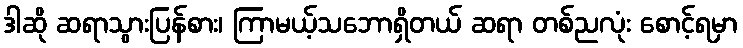
ဒါဆို ဆရာသွားပြန်စား၊ ကြာမယ့်သဘောရှိတယ် ဆရာ တစ်ညလုံး စောင့်ရမှာ